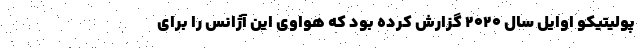
پولیتیکو اوایل سال ۲۰۲۰ گزارش کرده بود که هواوی این آژانس را برای